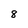
Character: 8